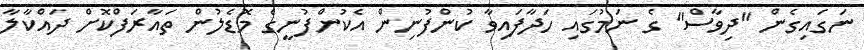
ނަގައިގެން "ދިވާސް" ގެ ނަމުގައި ހަދާފައިވާ ކުންފުނިން އެކުންފުނީގެ މޮޑެލުން ތައާރަފްކޮށް ދައްކާލާ